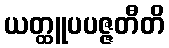
ယတ္ထူပပဇ္ဇတီတိ